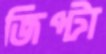
জিপ্টা